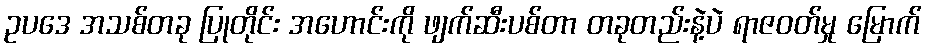
ဥပဒေ အသစ်တခု ပြုတိုင်း အဟောင်းကို ဖျက်ဆီးပစ်တာ တခုတည်းနဲ့ပဲ ရာဇဝတ်မှု မြောက်